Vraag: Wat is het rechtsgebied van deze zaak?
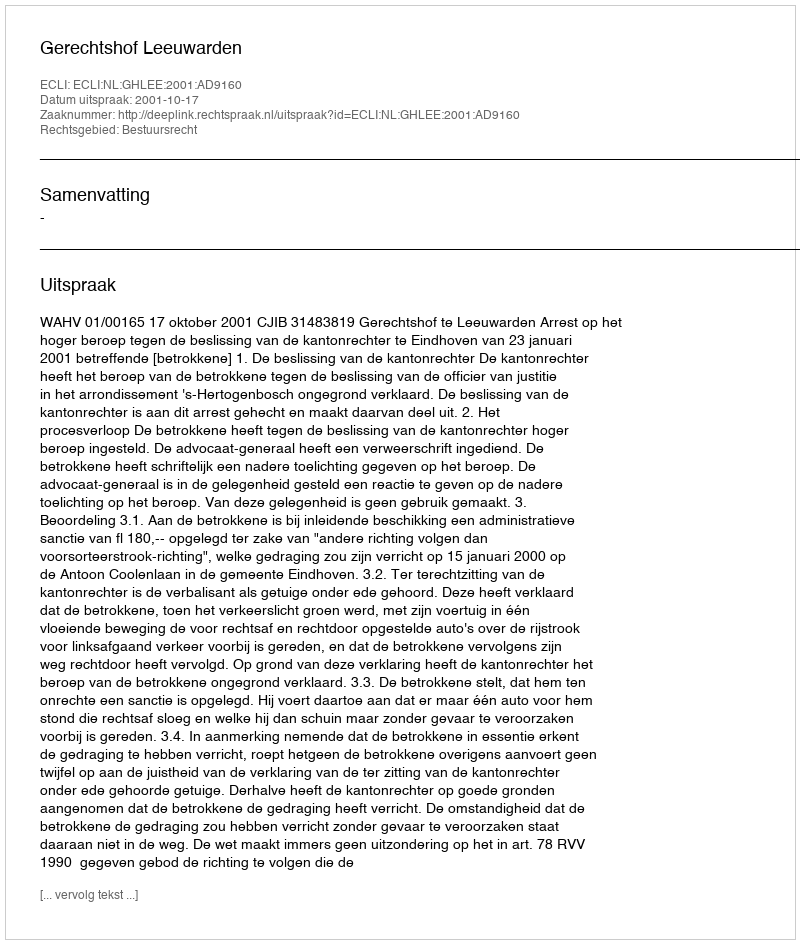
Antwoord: Bestuursrecht